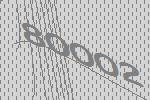
80002